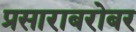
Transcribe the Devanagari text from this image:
प्रसाराबरोबर